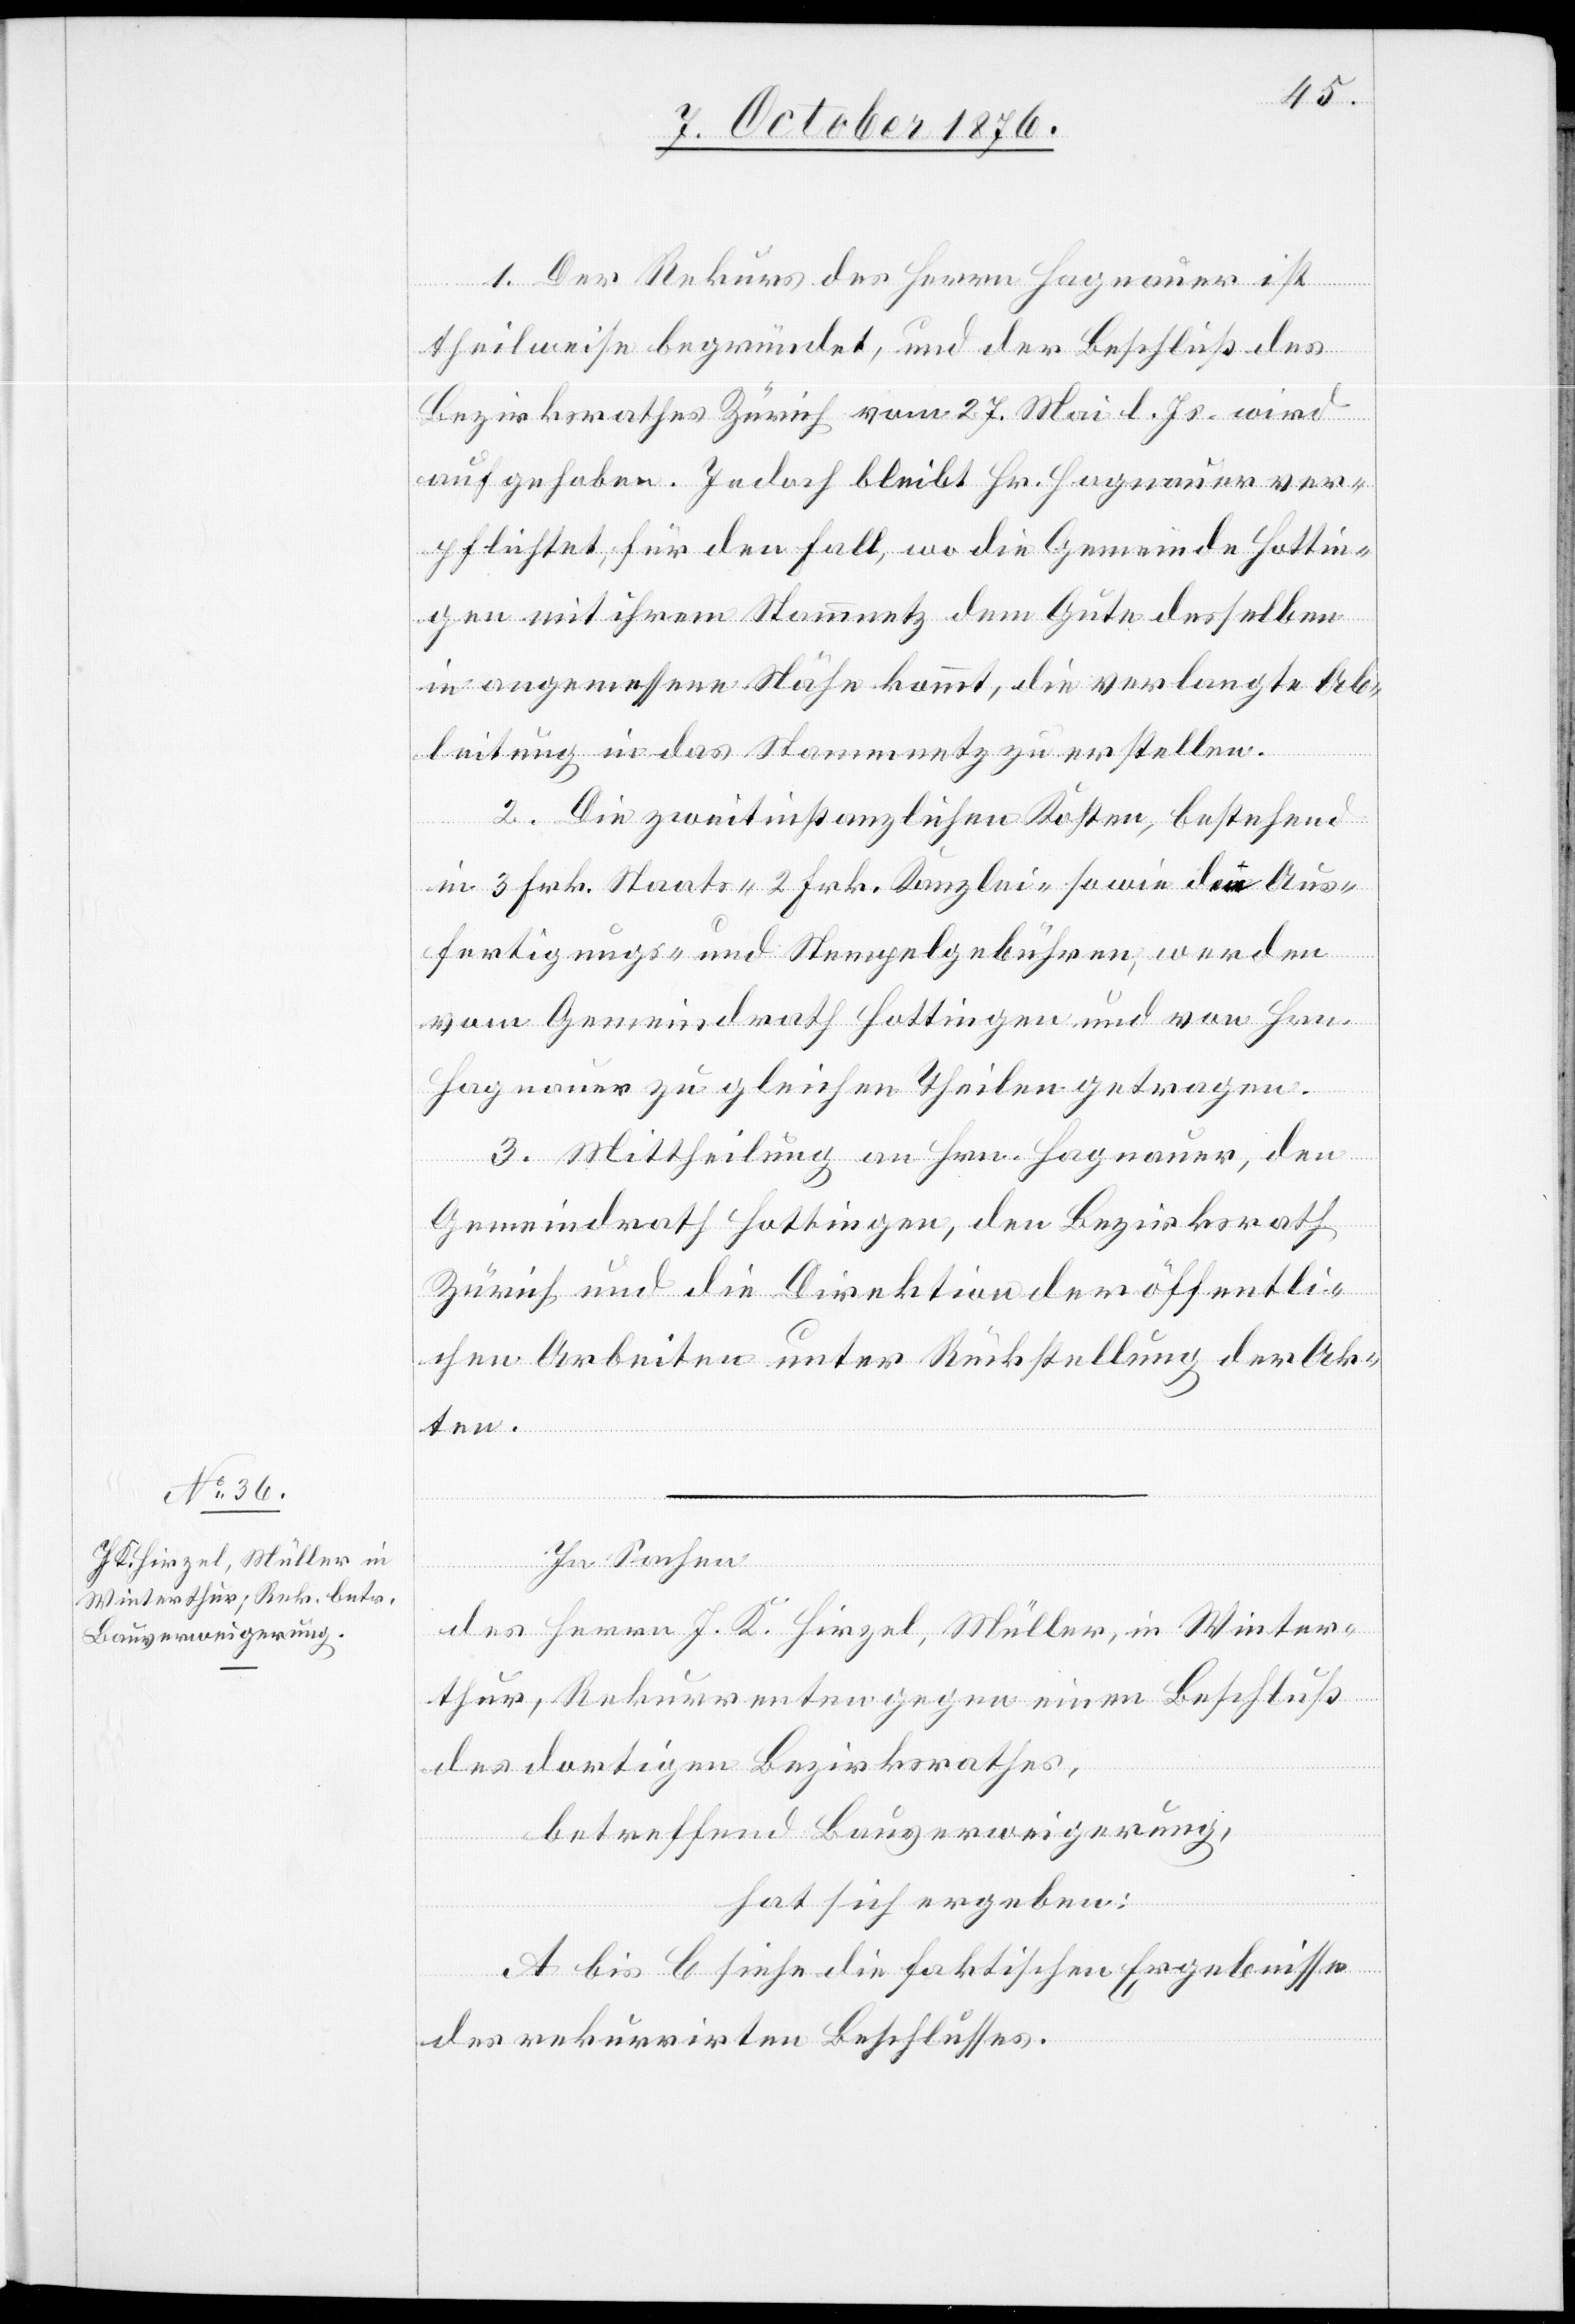
1. Der Rekurs des Herrn Hagnauer ist
theilweise begründet, und der Beschluß des
Bezirksrathes Zürich vom 27. Mai l. Js. wird
aufgehoben. Jedoch bleibt Hr. Hagnauer ver¬
pflichtet, für den Fall, wo die Gemeinde Hottin¬
gen mit ihrem Stammnetz dem Gute desselben
in angemessene Nähe kommt, die verlangte Ab¬
leitung in das Stammnetz zu erstellen.
2. Die zweitinstanzlichen Kosten, bestehend
in 3 Frk. Staats- 2 Frk. Kanzlei- sowie den Aus¬
fertigungs- und Stempelgebühren, werden
vom Gemeindrath Hottingen und von Hrn.
Hagnauer zu gleichen Theilen getragen.
3. Mittheilung an Hrn. Hagnauer, den
Gemeindrath Hottingen, den Bezirksrath
Zürich und die Direktion der öffentli¬
chen Arbeiten unter Rückstellung der Ak¬
ten.
In Sachen
des Herrn J. K. Hirzel, Müller, in Winter¬
thur, Rekurrenten gegen einen Beschluß
des dortigen Bezirksrathes,
betreffend Bauverweigerung,
hat sich ergeben:
A bis C siehe die faktischen Ergebnisse
des rekurrirten Beschlusses.